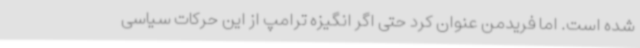
شده است. اما فریدمن عنوان کرد حتی اگر انگیزه ترامپ از این حرکات سیاسی